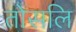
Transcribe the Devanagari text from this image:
तोसलि